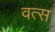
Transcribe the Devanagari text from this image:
वत्‍स